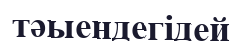
тәыендегідей